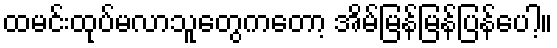
ထမင်းထုပ်မလာသူတွေကတော့ အိမ်မြန်မြန်ပြန်ပေါ့။